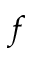
f